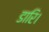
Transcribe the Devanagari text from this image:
डारि।